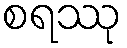
စရဿု